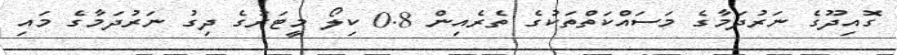
ގޮއިދޫގެ ނަރުދަމާގެ މަސައްކަތްތަކުގެ ތެރެއިން 0.8 ކިލޯ މީޓަރުގެ ދިގު ނަރުދަމާގެ މައި